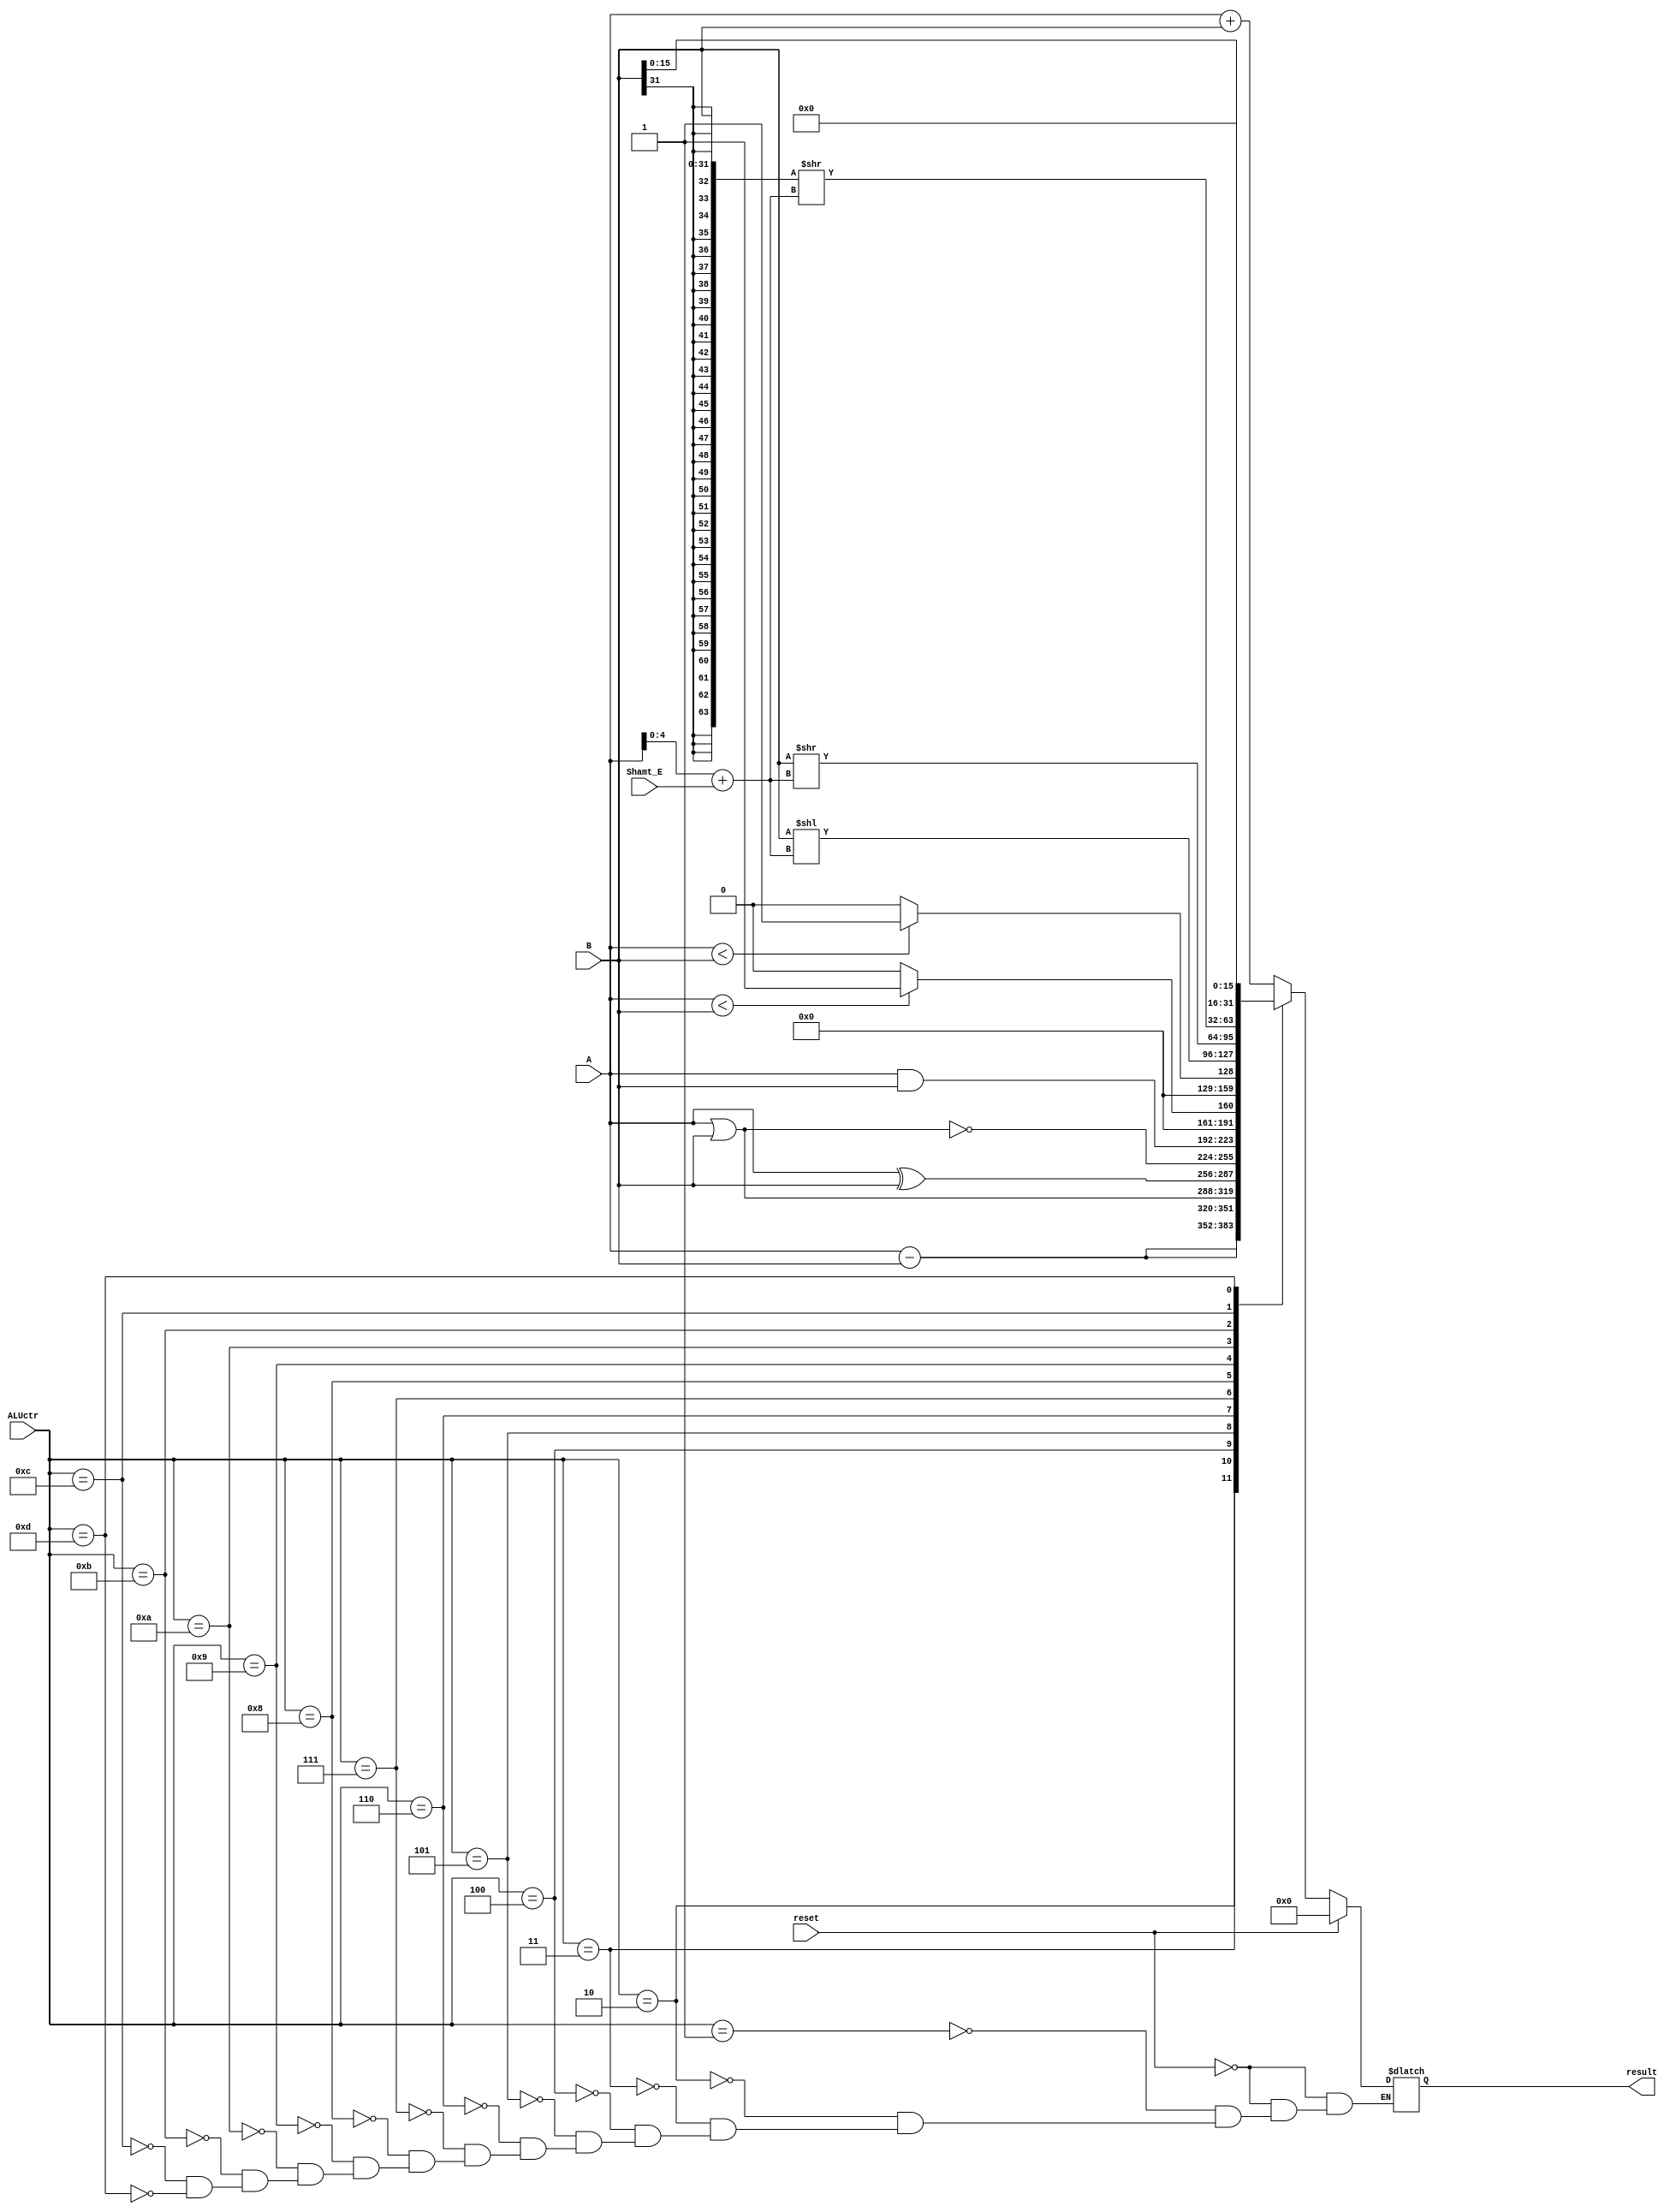
`timescale 1ns / 1ps
//////////////////////////////////////////////////////////////////////////////////
// Company: 
// Engineer: 
// 
// Design Name: 
// Module Name:    ALU 
// Project Name: 
// Target Devices: 
// Tool versions: 
// Description: 
//
// Dependencies: 
//
// Revision: 
// Revision 0.01 - File Created
// Additional Comments: 
//
//////////////////////////////////////////////////////////////////////////////////
module ALU(
    input [31:0] A,
    input [31:0] B,
    input [3:0] ALUctr,
    output reg [31:0] result,
	 input reset,
	 input [4:0] Shamt_E
    );
	 
	 wire [4:0] ss ;
	 assign ss = (A[4:0] +Shamt_E);
	 
	 wire    [63:0] sraa;
	 assign  sraa= {{32{B[31]}},B} >> ss   ;
	 
	always @(*)
		if(reset)
			result=0;
		else 
		begin
		case(ALUctr[3:0])
			4'b0001:result= A+B ;
			4'b0010:result= A-B ;
			4'b0011:result= {1'b0,A} - {1'b0,B};
			4'b0100:result= A|B ;
			4'b0101:result= A^B ;
			4'b0110:result= ~(A|B) ;
			4'b0111:result= A&B;
			4'b1000:result= ($signed(A)<$signed(B)) ? 1:0;
			4'b1001:result= ({1'b0,A}<{1'b0,B})? 1:0;
			4'b1010:result= B<<ss;
			4'b1011:result= B>>ss;
			4'b1100:result= sraa[31:0];
			4'b1101:result= {B,16'b0};
		endcase
		end
endmodule